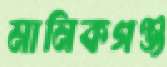
মানিকগঞ্জ